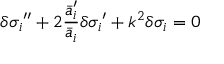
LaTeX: { \delta \sigma _ { i } } ^ { \prime \prime } + 2 \frac { { \bar { a } _ { i } ^ { \prime } } } { \bar { a } _ { i } } { \delta \sigma _ { i } } ^ { \prime } + k ^ { 2 } \delta \sigma _ { i } = 0